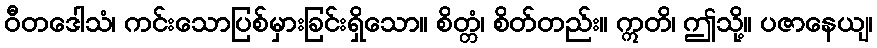
ဝီတဒေါသံ၊ ကင်းသောပြစ်မှားခြင်းရှိသော။ စိတ္တံ၊ စိတ်တည်း။ ဣတိ၊ ဤသို့။ ပဇာနေယျ၊